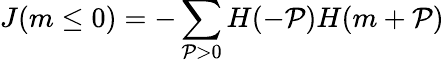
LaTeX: J(m\le0)=-\sum_{\mathcal{P}>0}H(-\mathcal{P})H(m+\mathcal{P})